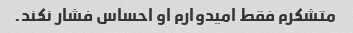
متشکرم فقط امیدوارم او احساس فشار نکند.